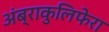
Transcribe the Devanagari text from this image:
अंब्राकुलिफेरा